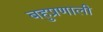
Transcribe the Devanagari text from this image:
बहुप्रणाली